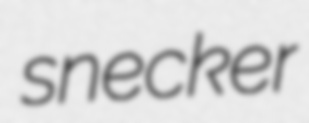
snecker